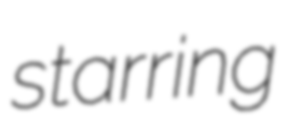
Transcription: starring